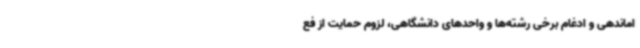
اماندهی و ادغام برخی رشته‌ها و واحدهای دانشگاهی، لزوم حمایت از فع